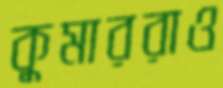
কুমাররাও